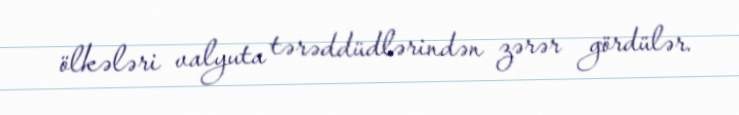
ölkələri valyuta tərəddüdlərindən zərər gördülər.